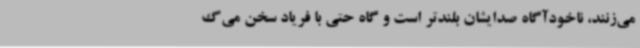
می‌زنند، ناخودآگاه صدایشان بلندتر است و گاه حتی با فریاد سخن می‌گ